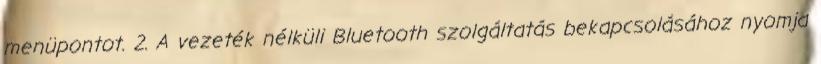
menüpontot. 2. A vezeték nélküli Bluetooth szolgáltatás bekapcsolásához nyomja